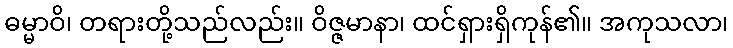
ဓမ္မာဝိ၊ တရားတို့သည်လည်း။ ဝိဇ္ဇမာနာ၊ ထင်ရှားရှိကုန်၏။ အကုသလာ၊